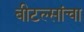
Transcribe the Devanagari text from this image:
बीटल्सांचा